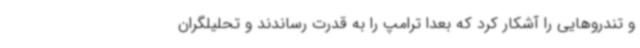
و تندروهایی را آشکار کرد که بعداً ترامپ را به قدرت رساندند و تحلیلگران